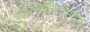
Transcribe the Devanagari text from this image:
परिस्थितिविशेष